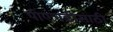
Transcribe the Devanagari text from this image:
पीएच्‌डीसाठी